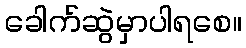
ခေါက်ဆွဲမှာပါရစေ။